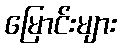
မြောင်းများ